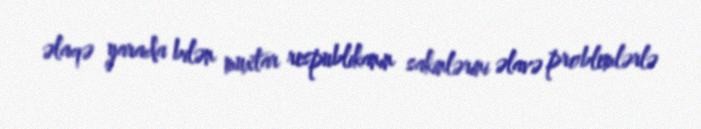
əlaqə yarada bilən muxtar respublikanın sakinlərini əlavə problemlərlə